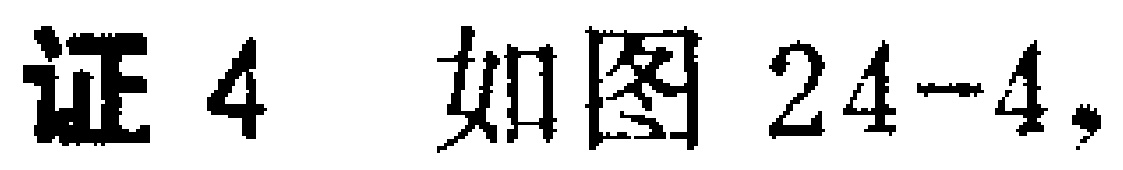
证4 如图24-4,